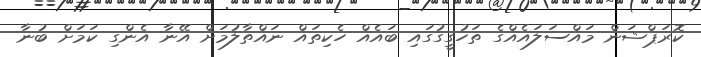
ކޮރަޕްޝަން މައްސަލައެއްގެ ތަހުގީގުގައި ބައެއް ހެކިތައް ނައްތާލުމަށް އޭނާ އެންގި ކަމަށް ބުނާ